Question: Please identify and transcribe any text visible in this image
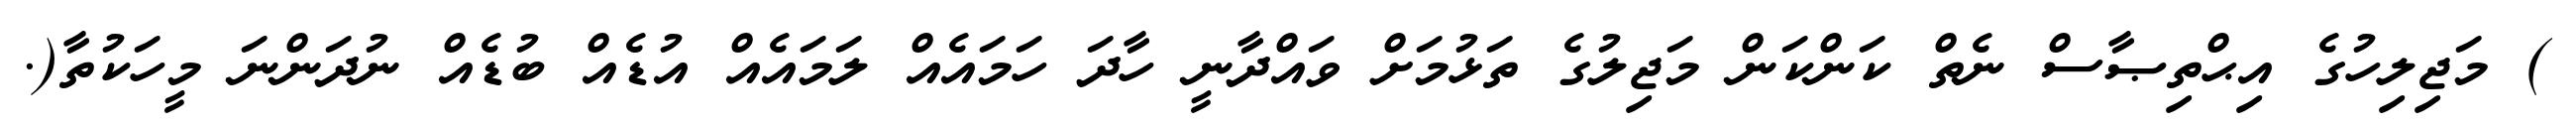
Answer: ) މަޖިލިހުގެ އިޙްތިޞާސް ނެތް ކަންކަން މަޖިލުގެ ތަޅުމަށް ވައްދާނީ ހާދަ ހަމައެއް ލަމައެއް އުޑެއް ބުޑެއް ނުދަންނަ މީހަކުތާ(.